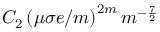
C _ { 2 } \left( \mu \sigma e / m \right) ^ { 2 m } m ^ { - \frac { 7 } { 2 } }